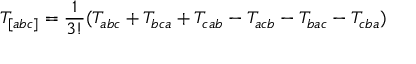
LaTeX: T _ { [ a b c ] } = { \frac { 1 } { 3 ! } } ( T _ { a b c } + T _ { b c a } + T _ { c a b } - T _ { a c b } - T _ { b a c } - T _ { c b a } )